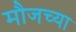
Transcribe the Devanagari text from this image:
मौजच्या